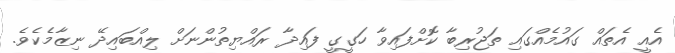
އެއީ އެތައް ގައުމެއްގައި ތަޖުރިބާ ކޮށްފައިވާ ހަގީގީ ފައިދާ ރައްޔިތުންނަށް ލިއްބައިދޭ ނިޒާމެކެވެ.